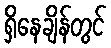
ရှိနေချိန်တွင်